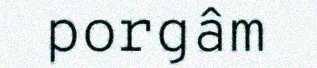
porgâm